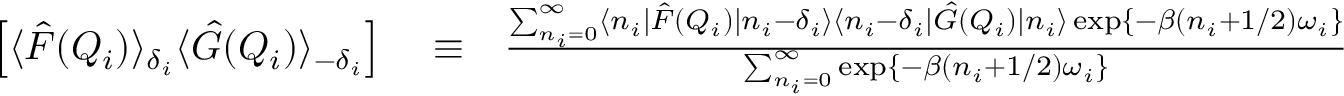
\begin{array} { r l r } { \left[ \langle \hat { F } ( Q _ { i } ) \rangle _ { \delta _ { i } } \langle \hat { G } ( Q _ { i } ) \rangle _ { - \delta _ { i } } \right] } & { { } \equiv } & { \frac { \sum _ { n _ { i } = 0 } ^ { \infty } \langle n _ { i } | \hat { F } ( Q _ { i } ) | n _ { i } - \delta _ { i } \rangle \langle n _ { i } - \delta _ { i } | \hat { G } ( Q _ { i } ) | n _ { i } \rangle \exp \left\{ - \beta ( n _ { i } + 1 / 2 ) \omega _ { i } \right\} } { \sum _ { n _ { i } = 0 } ^ { \infty } \exp \left\{ - \beta ( n _ { i } + 1 / 2 ) \omega _ { i } \right\} } } \end{array}